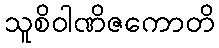
သူစိဝါဏိဇကောတိ